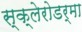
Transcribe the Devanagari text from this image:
स्क्‍लेरोडर्मा